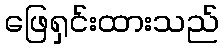
ဖြေရှင်းထားသည်